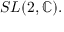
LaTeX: S L ( 2 , \mathbb { C } ) .